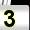
Digit: 3